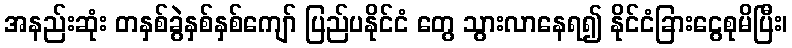
အနည်းဆုံး တနှစ်ခွဲနှစ်နှစ်ကျော် ပြည်ပနိုင်ငံ တွေ သွားလာနေရ၍ နိုင်ငံခြားငွေစုမိပြီး၊